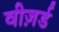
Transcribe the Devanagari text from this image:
वीज़र्ड